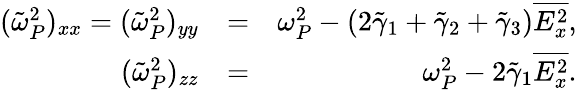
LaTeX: \begin{array}{rlr}{(\tilde{\omega}_{P}^{2})_{xx}=(\tilde{\omega}_{P}^{2})_{yy}}&{=}&{\omega_{P}^{2}-(2\tilde{\gamma}_{1}+\tilde{\gamma}_{2}+\tilde{\gamma}_{3})\overline{{E_{x}^{2}}},}\\ {(\tilde{\omega}_{P}^{2})_{zz}}&{=}&{\omega_{P}^{2}-2\tilde{\gamma}_{1}\overline{{E_{x}^{2}}}.}\end{array}